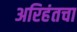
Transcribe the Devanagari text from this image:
अरिहंतचा